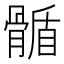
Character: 𩩻